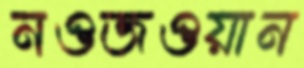
নওজওয়ান